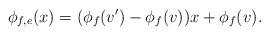
LaTeX: \begin{align*}\phi_{f,e}(x)=(\phi_{f}(v')-\phi_{f}(v))x+\phi_{f}(v).\end{align*}